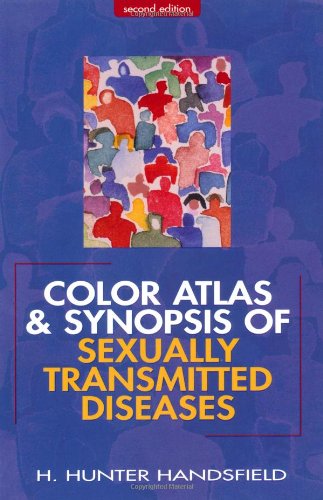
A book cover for Color Atlas and Synopsis of Sexually Transmitted Diseases; Hunter Handsfield; Health, Fitness & Dieting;